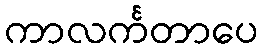
ကာလင်္ကတာပေ